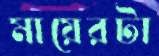
মায়েরটা